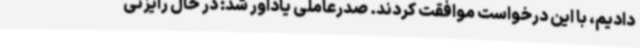
دادیم، با این درخواست موافقت کردند. صدرعاملی یادآور شد: در حال رایزنی